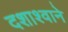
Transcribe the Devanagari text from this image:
दशाश्वाने